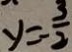
y = \frac { 3 } { 2 }